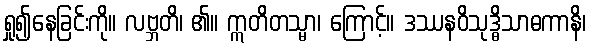
ရှု၍နေခြင်းကို။ လဗ္ဘတိ၊ ၏။ ဣတိတသ္မာ၊ ကြောင့်။ ဒဿနဝိသုဒ္ဓိသာဓကာနိ၊